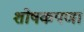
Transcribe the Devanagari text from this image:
शोषकपणा